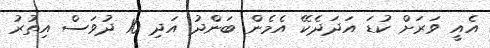
އެއީ ވަރަށް ކުޑަ އަދަދެކޭ އެމެން ބަންދު އަދި 10 ދުވަސް އިތުރު